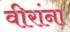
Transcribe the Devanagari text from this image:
वीरांना